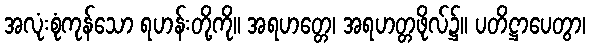
အလုံးစုံကုန်သော ရဟန်းတို့ကို။ အရဟတ္တေ၊ အရဟတ္တဖိုလ်၌။ ပတိဋ္ဌာပေတွာ၊